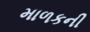
માળકની